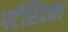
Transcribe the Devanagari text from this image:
पर्टसिवका